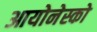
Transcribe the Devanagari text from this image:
आयोनेस्को